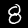
Digit: 8